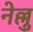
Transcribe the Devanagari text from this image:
नेल्लु